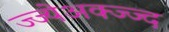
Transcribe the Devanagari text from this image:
ज्ज्येअक्ज्ज्द